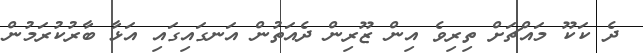
ދެ ކަކޫ މައްޗަށް ތިރިވެ އިން ޒޫރިން ދެއަތުން އަނގައިގައި އަޅާ ބާރުކުރަމުން